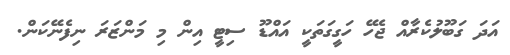
އަދަ ގަބޫލުކެރާއް ޖެހޭ ހަގީގަތަކީ އައްޑޫ ސިޓީ އިން މި މަންޒަރަ ނިފެނޭކަން.